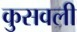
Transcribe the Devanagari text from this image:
कुसवली